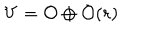
V = { \cal { O } } \oplus { \cal { O } } ( r )